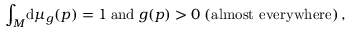
\int _ { M } \! \mathrm { d } \mu _ { g } ( p ) = 1 \; \mathrm { a n d } \; g ( p ) > 0 \; \mathrm { ( a l m o s t ~ e v e r y w h e r e ) } \, ,